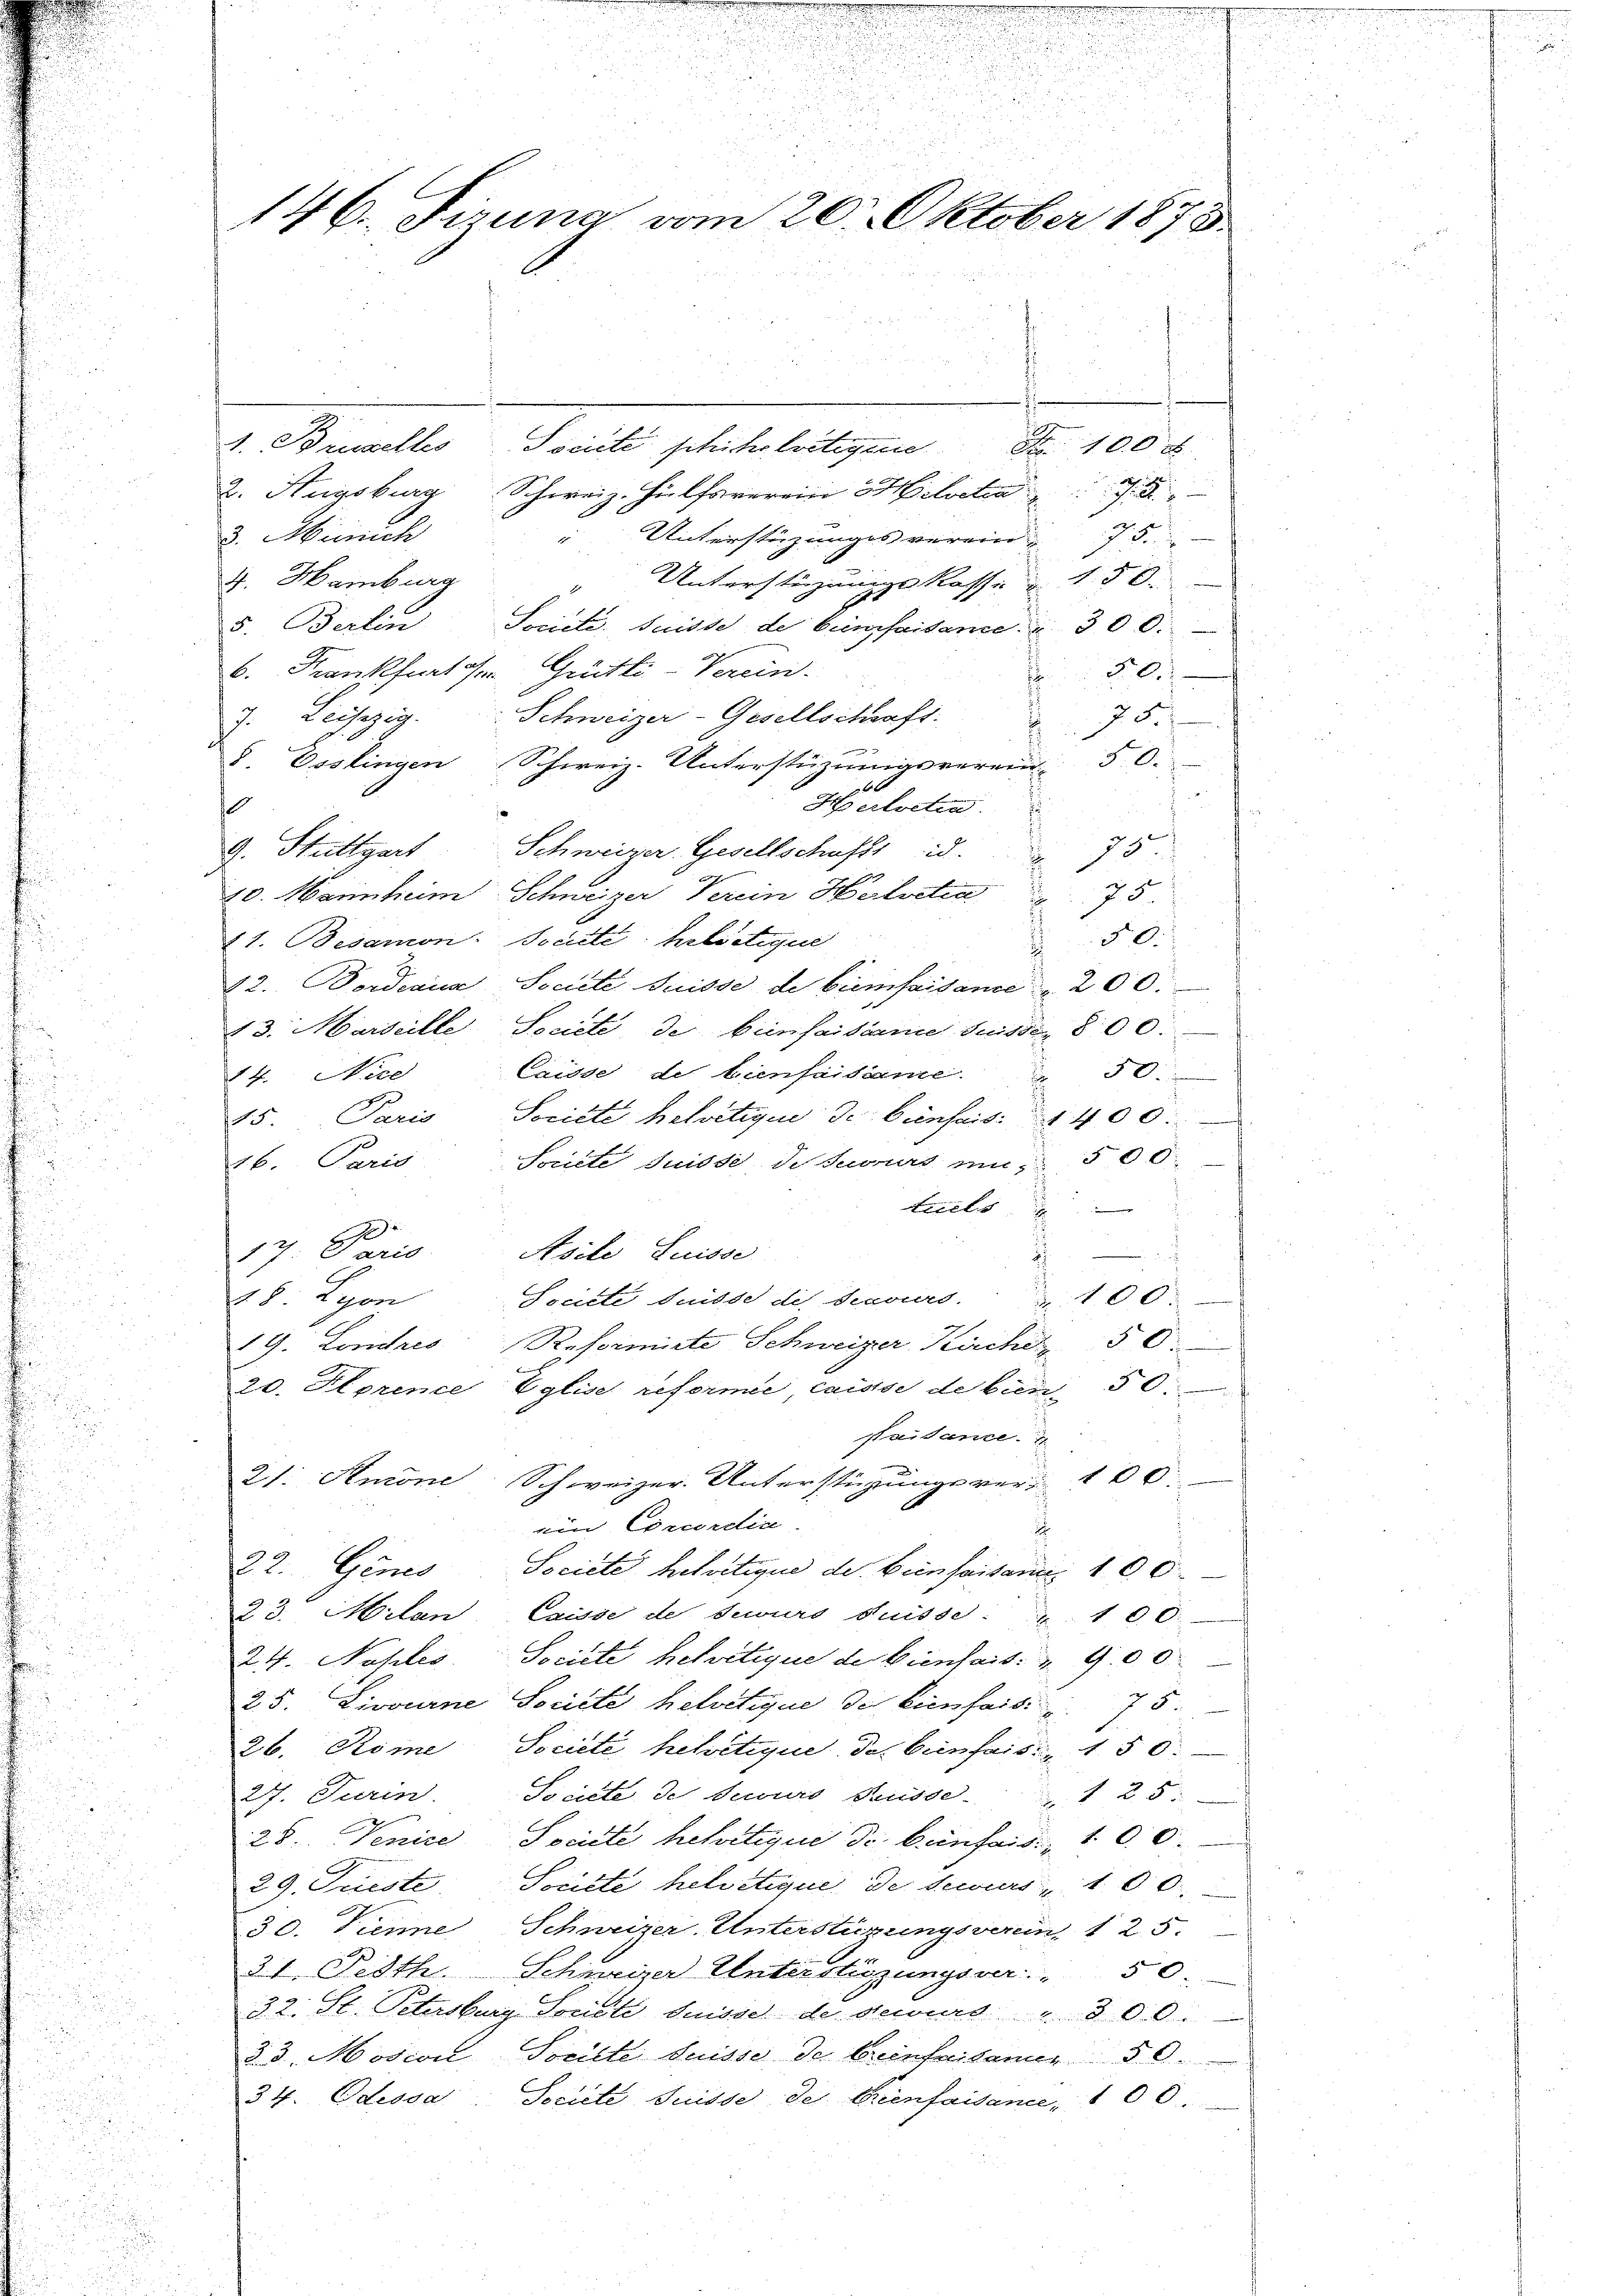
146. Fina vom 20. Oktober 1878

A. Brudelles
2. Augsburg Schweiz. Hülfsverein Helvetia
3. Meinich
Unterstüzunges verein 75
4. Hamburg
Unterstüzungskasse 150.
5. Berlin Societe. Suisse de buntfaisance. " 300.
6. Frankfilsen Grütli-Verein.
50.
7
Schweizer-Gesellschaft.
7. Lesezig.
8. Esslingen Schweiz. Unterstützŭngsverein 50.
Helveten.
6
Schweizer Gesellschafts d. 75
G. Stuttgart
10. Mannheim Schweizer Verein Helvetia 73
21. Besamon Societe helvetique
250.
12. Bordeaus Societe Suisse de bümfaisame . 200.
23. Marseille Societe de beinfaisance suisse 800.
Caisse de bienfaidame. 50
14. Nied
Société helvetique de Gunsais. 1400
15. Paris
Societe Suisse de suorurs ein 500
16. Paris
tuels
.
17: Paris
Asilie Luisse
48. Lyon
Societe Suisse des Secours. 100:
i
19. Londres Reformirte Schweizer Kirche 50.
20. Florence Eglise reformée, caisse de bien 50
Paisance. E
i
21. Anone Schweizer. Unterstüzungsver- 100.
u

ein Concordin
d
u
22. Genes Societe helvetique der Beinfaisanus 100
in
de
23. Milan Casse de securs Suisse: 100.
d
24. Naples, Societe helvetique de biensass. § 900
25. Livourne Societe helvetique der Einfarsi 75
26. Rome Société helvetique das beinsaisi, 150:
27. Turin. Société de cours Russe 1 25
28. Venice Societe helvetique de beinfai. 100.
29. Junste Societe helvetique de securs   100.
30. Diene Schweizer. Unterstüzungsverein, 125.
31. Pesth. Schweizer Unterstüzungsver 50
32. St. Petersburg Société suisse de dewurt 300.
§. 3. Mosivil Socille Suisse de brenfeilander 50.
34. Odessa, Societe Suisse de Grienfaisance, 100.

Societe schicht leitigene Nr. 100 F